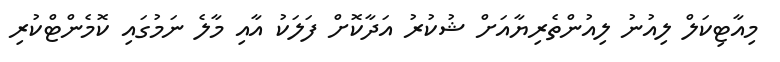
މިއާޓިކަލް ލިއުނު ލިއުންތެރިޔާއަށް ޝުކުރު އަދާކޮށް ފަލަކު އާއި މާލެ ނަމުގައި ކޮމެންޓްކުރި